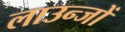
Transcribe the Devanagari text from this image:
लाउन्जों